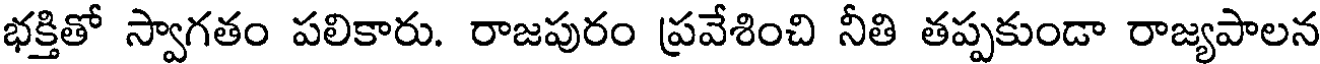
భక్తితో స్వాగతం పలికారు. రాజపురం ప్రవేశించి నీతి తప్పకుండా రాజ్యపాలన